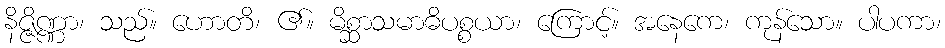
နိဇ္ဇိဏ္ဏာ၊ သည်။ ဟောတိ၊ ၏။ မိစ္ဆာသမာဓိပစ္စယာ၊ ကြောင့်။ အနေကေ၊ ကုန်သော။ ပါပကာ၊